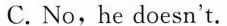
C.No,he doesn't.